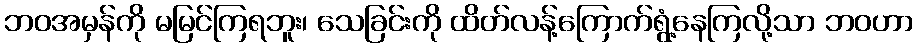
ဘဝအမှန်ကို မမြင်ကြရဘူး၊ သေခြင်းကို ထိတ်လန့်ကြောက်ရွံ့နေကြလို့သာ ဘဝဟာ